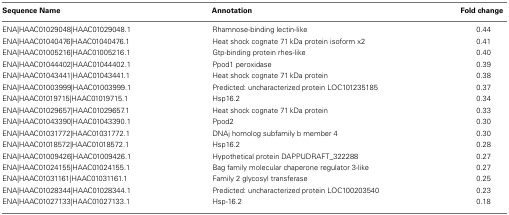
<table><thead><tr><td><b>Sequence Name</b></td><td><b>Annotation</b></td><td><b>Fold change</b></td></tr></thead><tbody><tr><td>ENA|HAAC01029048|HAAC01029048.1</td><td>Rhamnose-binding lectin-like</td><td>0.44</td></tr><tr><td>ENA|HAAC01040476|HAAC01040476.1</td><td>Heat shock cognate 71 kDa protein isoform x2</td><td>0.41</td></tr><tr><td>ENA|HAAC01005216|HAAC01005216.1</td><td>Gtp-binding protein rhes-like</td><td>0.40</td></tr><tr><td>ENA|HAAC01044402|HAAC01044402.1</td><td>Ppod1 peroxidase</td><td>0.39</td></tr><tr><td>ENA|HAAC01043441|HAAC01043441.1</td><td>Heat shock cognate 71 kDa protein</td><td>0.38</td></tr><tr><td>ENA|HAAC01003999|HAAC01003999.1</td><td>Predicted: uncharacterized protein LOC101235185</td><td>0.37</td></tr><tr><td>ENA|HAAC01019715|HAAC01019715.1</td><td>Hsp16.2</td><td>0.34</td></tr><tr><td>ENA|HAAC01029657|HAAC01029657.1</td><td>Heat shock cognate 71 kDa protein</td><td>0.33</td></tr><tr><td>ENA|HAAC01043390|HAAC01043390.1</td><td>Ppod2</td><td>0.30</td></tr><tr><td>ENA|HAAC01031772|HAAC01031772.1</td><td>DNAj homolog subfamily b member 4</td><td>0.30</td></tr><tr><td>ENA|HAAC01018572|HAAC01018572.1</td><td>Hsp16.2</td><td>0.28</td></tr><tr><td>ENA|HAAC01009426|HAAC01009426.1</td><td>Hypothetical protein DAPPUDRAFT_322288</td><td>0.27</td></tr><tr><td>ENA|HAAC01024155|HAAC01024155.1</td><td>Bag family molecular chaperone regulator 3-like</td><td>0.27</td></tr><tr><td>ENA|HAAC01031161|HAAC01031161.1</td><td>Family 2 glycosyl transferase</td><td>0.25</td></tr><tr><td>ENA|HAAC01028344|HAAC01028344.1</td><td>Predicted: uncharacterized protein LOC100203540</td><td>0.23</td></tr><tr><td>ENA|HAAC01027133|HAAC01027133.1</td><td>Hsp-16.2</td><td>0.18</td></tr></tbody></table>